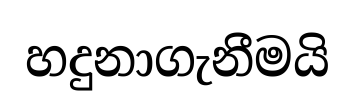
හදුනාගැනීමයි